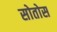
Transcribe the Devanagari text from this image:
सोतोस